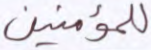
للمؤمنين